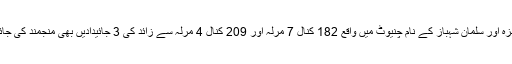
حمزہ اور سلمان شہباز کے نام چنیوٹ میں واقع 182 کنال 7 مرلہ اور 209 کنال 4 مرلہ سے زائد کی 3 جائیدادیں بھی منجمند کی جائیں۔